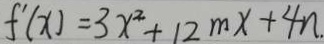
f ^ { \prime } ( x ) = 3 x ^ { 2 } + 1 2 m x + 4 n .